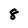
Character: 8